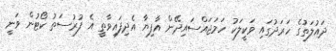
ދައުލަތުގެ ހަރަދުގައި ވަކީލަކު ހަމަޖައްސައިދޭން އާފިޔާ އެދިފައިވާތީ އެ ފުރުސަތު ކޯޓުން ވަނީ